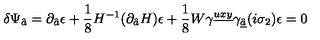
\delta \Psi _ { \hat { a } } = \partial _ { \hat { a } } \epsilon + { \frac { 1 } { 8 } } H ^ { - 1 } ( \partial _ { \hat { a } } H ) \epsilon + { \frac { 1 } { 8 } } W \gamma ^ { \underline { { u x y } } } \gamma _ { \underline { { \hat { a } } } } ( i \sigma _ { 2 } ) \epsilon = 0 \,